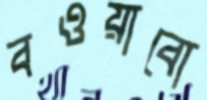
বওয়াবো